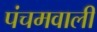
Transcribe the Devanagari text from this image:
पंचमवाली